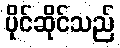
ပိုင်ဆိုင်သည်